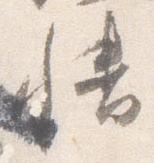
幡